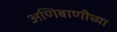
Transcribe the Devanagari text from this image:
अणिबाणीच्या